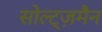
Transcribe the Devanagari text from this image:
सोल्ट्ज़मैन